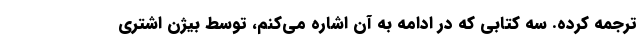
ترجمه کرده. سه کتابی که در ادامه به آن اشاره می‌کنم، توسط بیژن اشتری